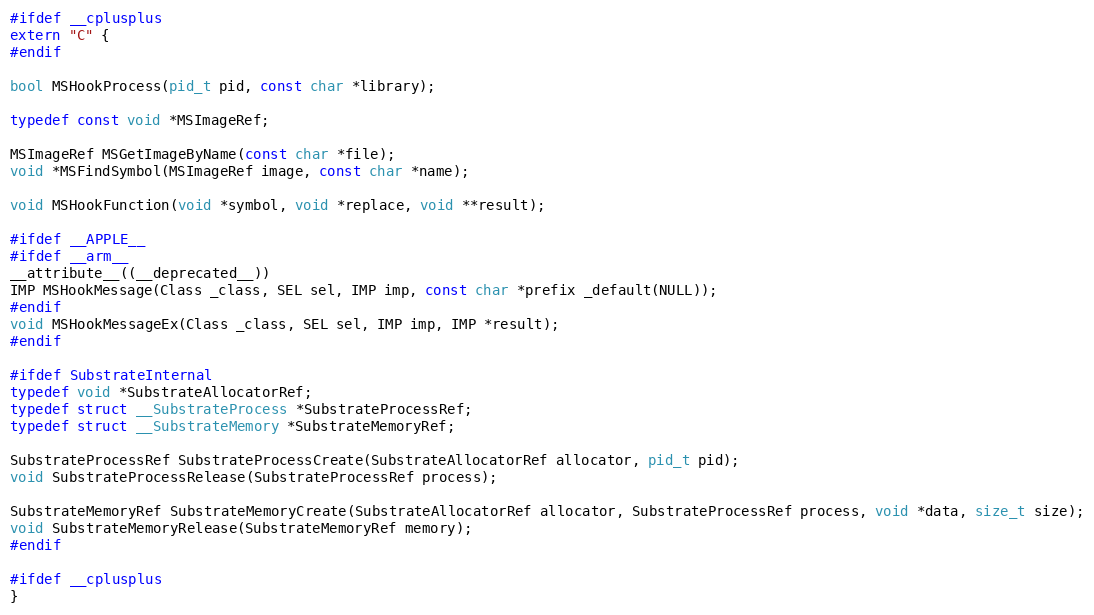
Language: C
#ifdef __cplusplus
extern "C" {
#endif

bool MSHookProcess(pid_t pid, const char *library);

typedef const void *MSImageRef;

MSImageRef MSGetImageByName(const char *file);
void *MSFindSymbol(MSImageRef image, const char *name);

void MSHookFunction(void *symbol, void *replace, void **result);

#ifdef __APPLE__
#ifdef __arm__
__attribute__((__deprecated__))
IMP MSHookMessage(Class _class, SEL sel, IMP imp, const char *prefix _default(NULL));
#endif
void MSHookMessageEx(Class _class, SEL sel, IMP imp, IMP *result);
#endif

#ifdef SubstrateInternal
typedef void *SubstrateAllocatorRef;
typedef struct __SubstrateProcess *SubstrateProcessRef;
typedef struct __SubstrateMemory *SubstrateMemoryRef;

SubstrateProcessRef SubstrateProcessCreate(SubstrateAllocatorRef allocator, pid_t pid);
void SubstrateProcessRelease(SubstrateProcessRef process);

SubstrateMemoryRef SubstrateMemoryCreate(SubstrateAllocatorRef allocator, SubstrateProcessRef process, void *data, size_t size);
void SubstrateMemoryRelease(SubstrateMemoryRef memory);
#endif

#ifdef __cplusplus
}